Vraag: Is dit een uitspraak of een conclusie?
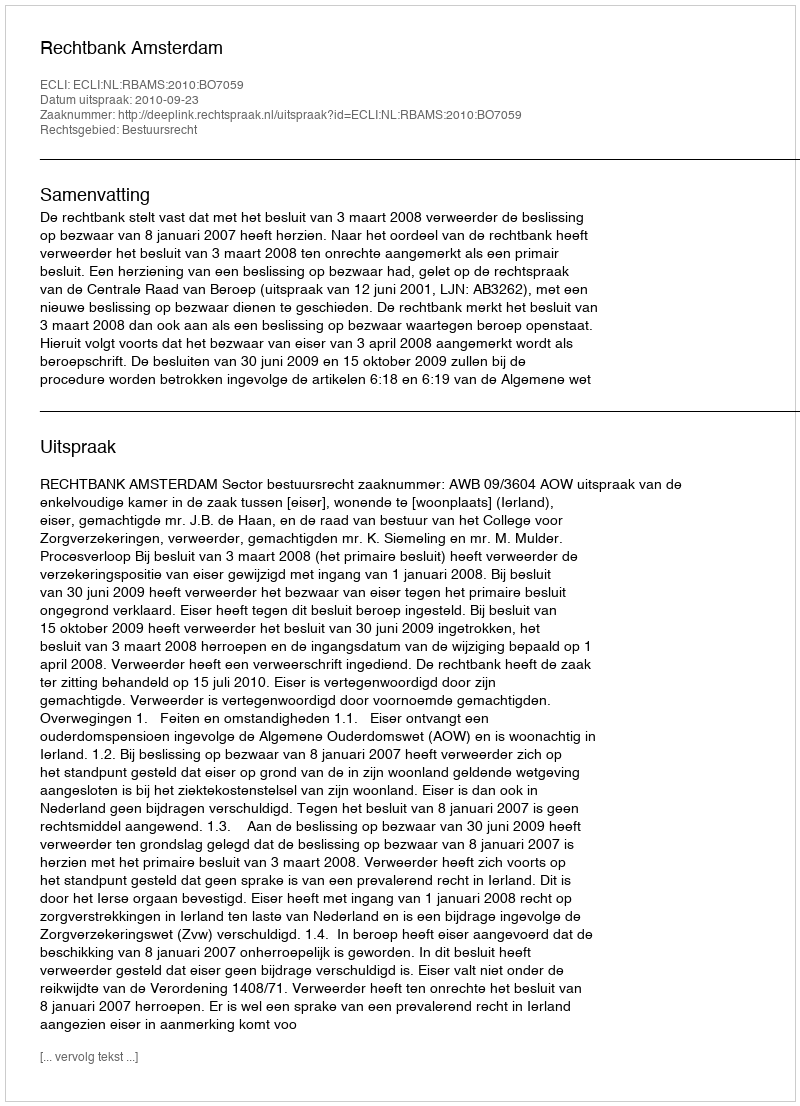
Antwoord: Uitspraak